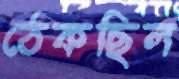
ঠেকছিল